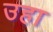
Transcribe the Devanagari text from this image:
उहा